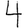
Digit: 4